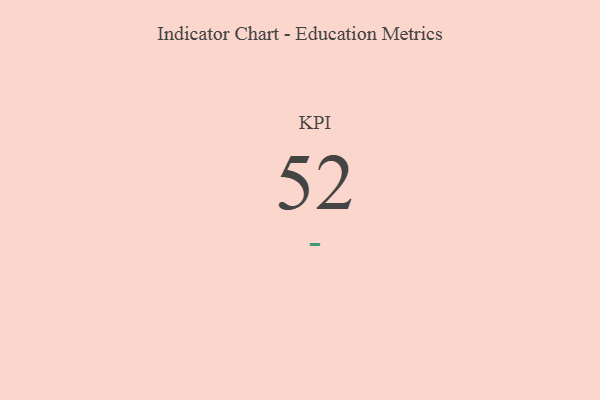
{"axis": {"x": "KPI", "y": "Value"}, "legend": [""], "data": [{"x": "KPI", "y": 52, "type": ""}]}